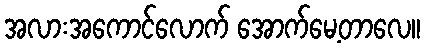
အလားအကောင်လောက် အောက်မေ့တာလေ။